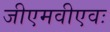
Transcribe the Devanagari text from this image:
जीएमवीएवः